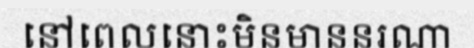
នៅពេលនោះមិនមាននរណា